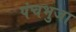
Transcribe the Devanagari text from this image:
पंचभुजा